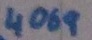
Text: 4069